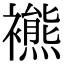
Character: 𧞞